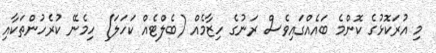
މި އުރަކޮޅުގެ ކޮންމެ ބައެއްގައިވެސް ރަނުގެ ހިޒާމެއް (ބެލްޓެއް ކަހަލަ) ހިމެނޭ ކުރެހުންތަކާއި